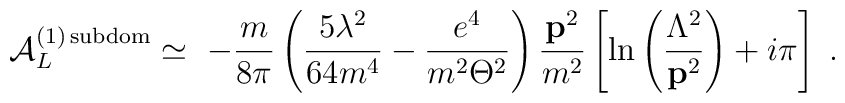
{\cal A}_L^{(1)\,{\rm subdom}}\simeq \ -\frac m{8\pi }\left( \frac{5\lambda^2}{64m^4}-\frac{e^4}{m^2\Theta ^2}\right) \frac{{\bf p}^2}{m^2}\left[ \ln\left( \frac{\Lambda ^2}{{\bf p}^2}\right) +i\pi \right] \;.